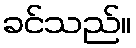
ခင်သည်။